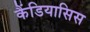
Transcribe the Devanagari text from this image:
कैंडियासिस